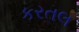
કરતલ